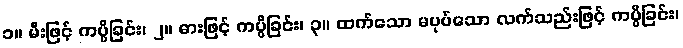
၁။ မီးဖြင့် ကပ္ပိခြင်း၊ ၂။ ဓားဖြင့် ကပ္ပိခြင်း၊ ၃။ ထက်သော မပုပ်သော လက်သည်းဖြင့် ကပ္ပိခြင်း၊